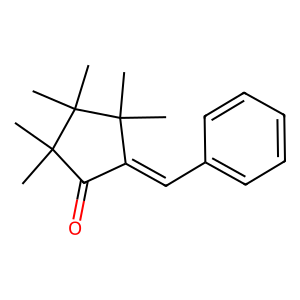
SMILES: CC1(C)C(=O)C(=Cc2ccccc2)C(C)(C)C1(C)C
Inhibits HIV replication: No